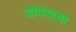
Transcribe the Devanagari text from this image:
चौवेगाचा